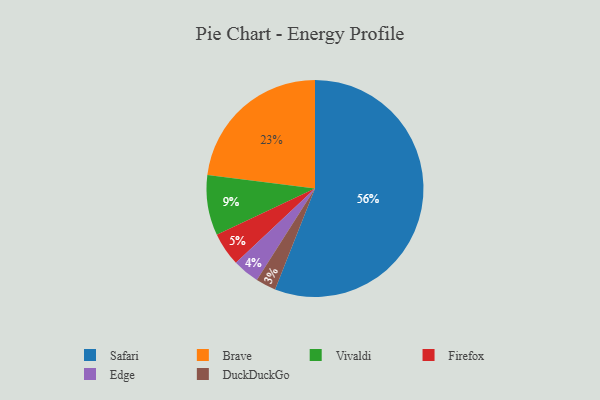
{"axis": {"x": "Category", "y": "Percentage"}, "legend": ["Brave", "DuckDuckGo", "Edge", "Firefox", "Safari", "Vivaldi"], "data": [{"x": "Brave", "y": 23, "type": "Brave"}, {"x": "Edge", "y": 4, "type": "Edge"}, {"x": "Firefox", "y": 5, "type": "Firefox"}, {"x": "DuckDuckGo", "y": 3, "type": "DuckDuckGo"}, {"x": "Vivaldi", "y": 9, "type": "Vivaldi"}, {"x": "Safari", "y": 56, "type": "Safari"}]}